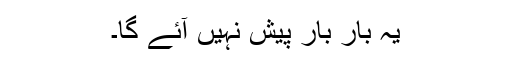
یہ بار بار پیش نہیں آئے گا۔